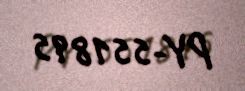
PY-551895